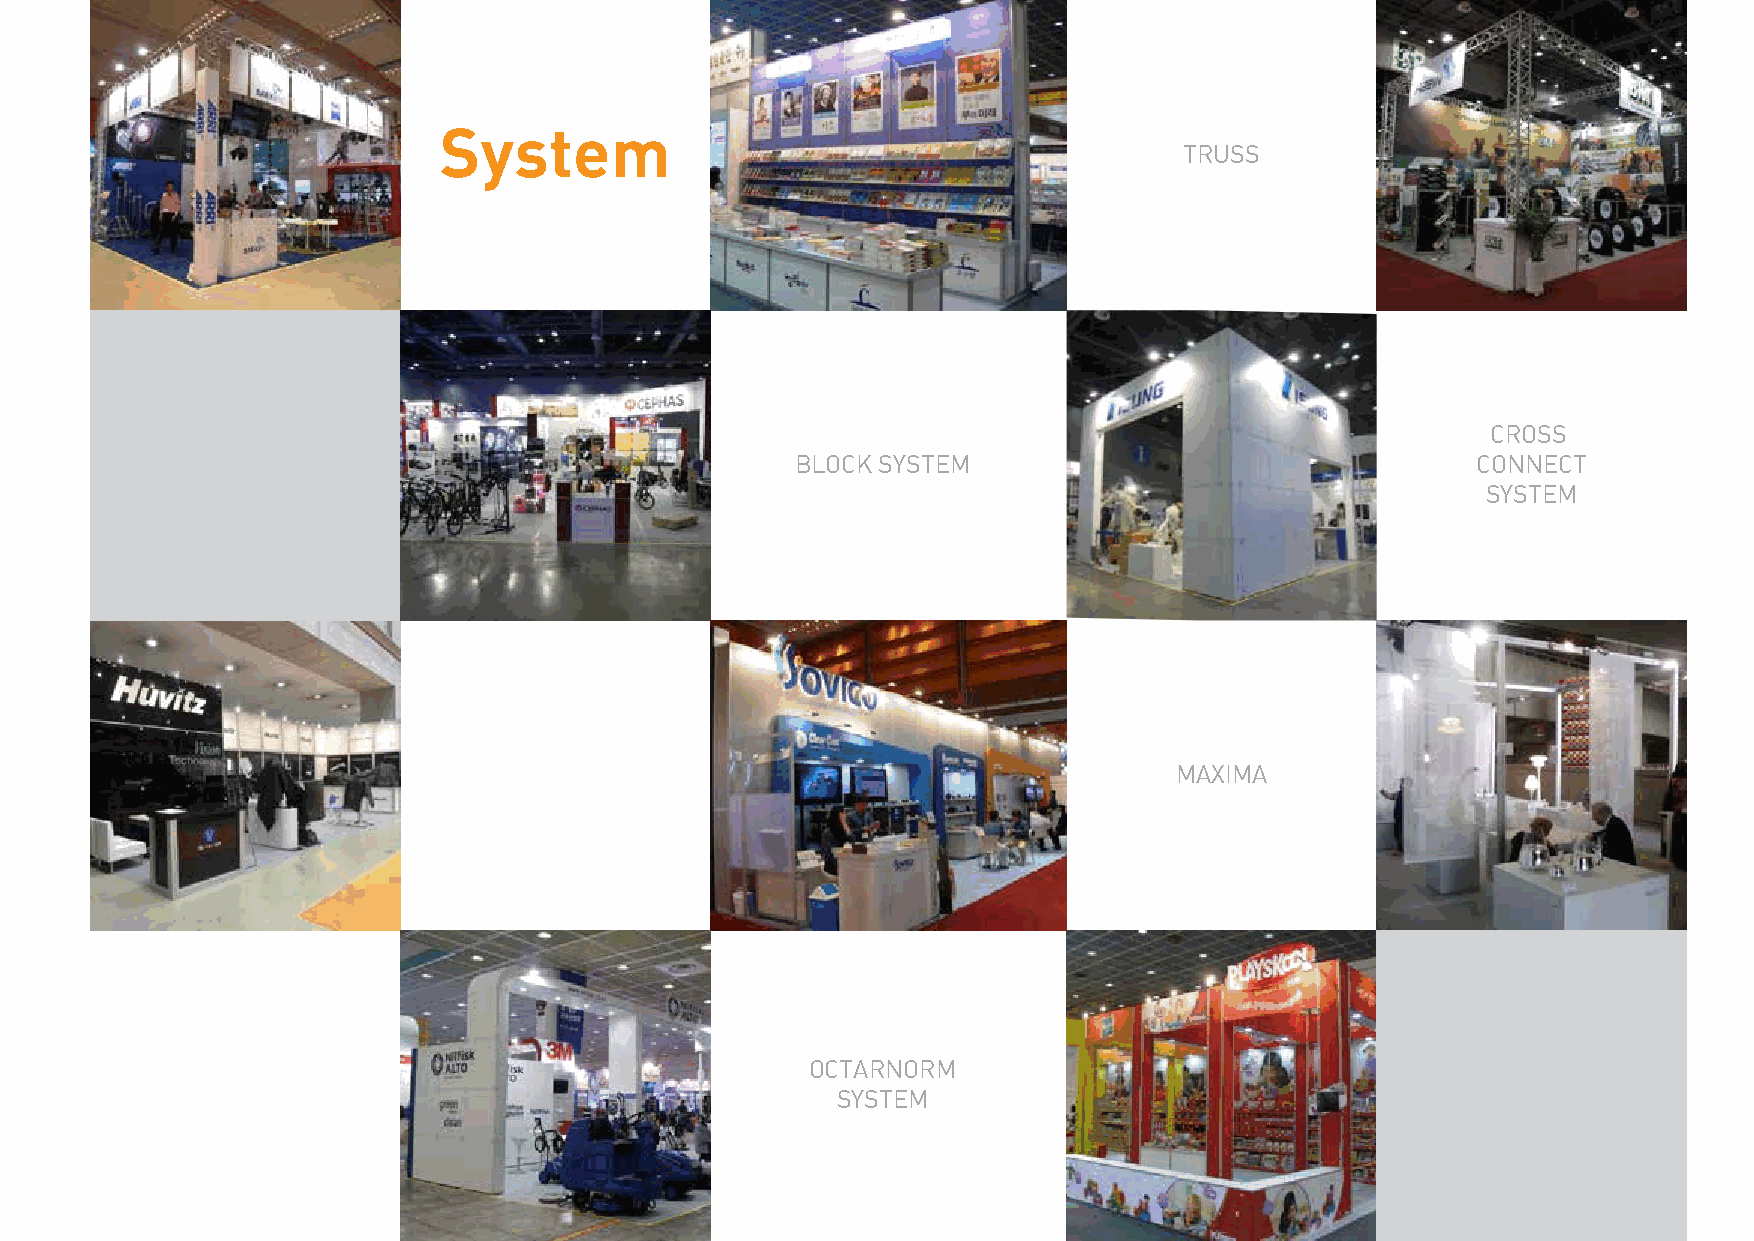
System
 TRUSS
 CROSS
 BLOCK SYSTEM                                 CONNECT
 SYSTEM
 MAXIMA
 OCTARNORM
 SYSTEM